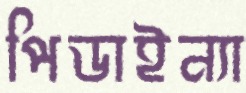
পিডাইন্যা